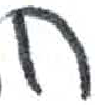
אות: ח